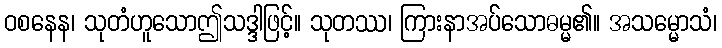
ဝစနေန၊ သုတံဟူသောဤသဒ္ဒါဖြင့်။ သုတဿ၊ ကြားနာအပ်သောဓမ္မ၏။ အသမ္မောသံ၊